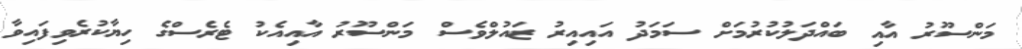
މަންސޫރު އާއި ބައްދަލުކުރުމަށް ސަމަދު އައިއިރު ޒައުލްވެސް މަންސޫރު އާއިއެކު ޓެރެސްގެ ހިޔާކުރެވިފައިވާ